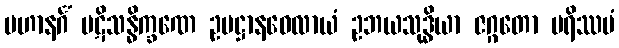
ပဟာနင်္ဂံ ပဋိသန္ဓိက္ခဏေ ဥပဋ္ဌာနဝေလာယံ ဥဘယသုဒ္ဓိယာ ဇဂ္ဂတော ပရိဿမံ